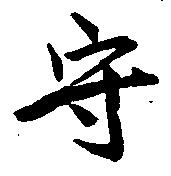
守